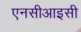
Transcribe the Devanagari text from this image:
एनसीआइसी